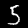
Digit: 5